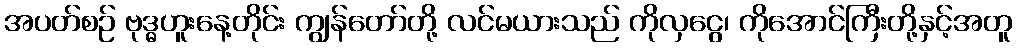
အပတ်စဉ် ဗုဒ္ဓဟူးနေ့တိုင်း ကျွန်တော်တို့ လင်မယားသည် ကိုလှငွေ၊ ကိုအောင်ကြီးတို့နှင့်အတူ